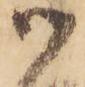
御